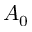
A _ { 0 }